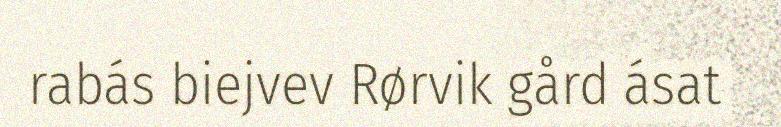
rabás biejvev Rørvik gård ásat